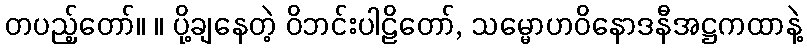
တပည့်တော်။ ။ ပို့ချနေတဲ့ ဝိဘင်းပါဠိတော်, သမ္မောဟဝိနောဒနီအဋ္ဌကထာနဲ့